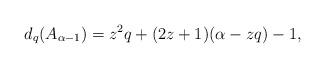
LaTeX: \begin{align*}d_q(A_{\alpha-1})=z^2q+(2z+1)(\alpha-zq)-1,\end{align*}